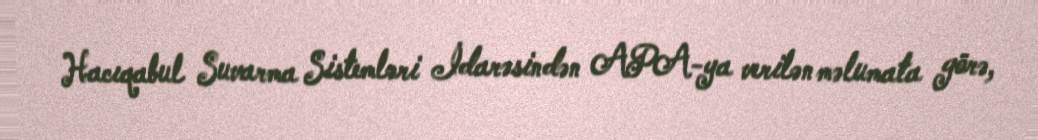
Hacıqabul Suvarma Sistemləri İdarəsindən APA-ya verilən məlumata görə,